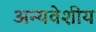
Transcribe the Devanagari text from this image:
अन्यवेशीय